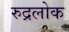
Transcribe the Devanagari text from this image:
रुद्रलोक